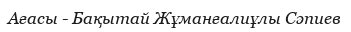
Ағасы - Бақытай Жұманғалиұлы Сәпиев